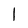
Character: l